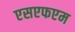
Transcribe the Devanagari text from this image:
एसएफएम